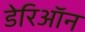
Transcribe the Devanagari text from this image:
डेरिऑन